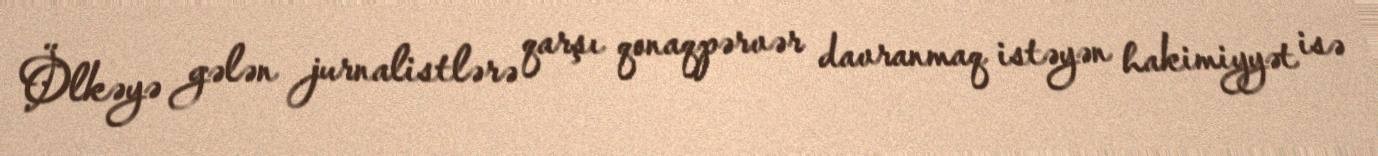
Ölkəyə gələn jurnalistlərə qarşı qonaqpərvər davranmaq istəyən hakimiyyət isə